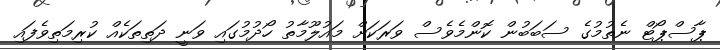
ޕާސްޕޯޓް ނެތުމުގެ ސަބަބުން ކޮންމެވެސް ވަރަކަށް މައުލޫމާތު ހޯދުމުގައި ވަނީ ދަތިތަކެއް ކުރިމަތިވެފައި